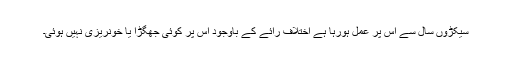
سیکڑوں سال سے اس پر عمل ہورہا ہے اختلاف رائے کے باوجود اس پر کوئی جھگڑا یا خونریزی نہیں ہوئی۔